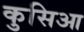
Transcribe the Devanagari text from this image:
कुसिआ